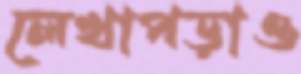
লেখাপড়াও